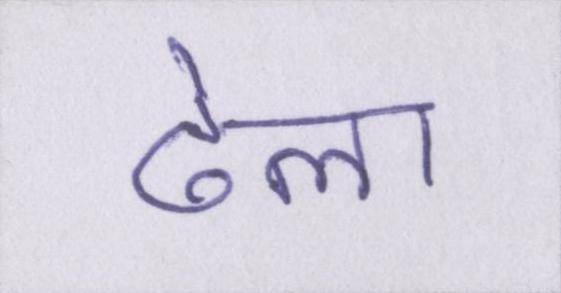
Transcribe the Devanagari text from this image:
ढेला